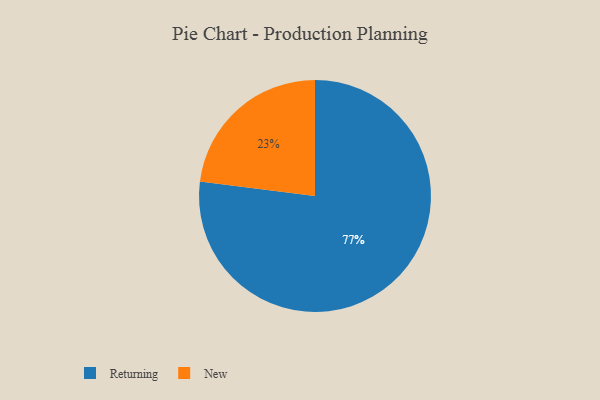
{"axis": {"x": "Category", "y": "Percentage"}, "legend": ["New", "Returning"], "data": [{"x": "Returning", "y": 77, "type": "Returning"}, {"x": "New", "y": 23, "type": "New"}]}